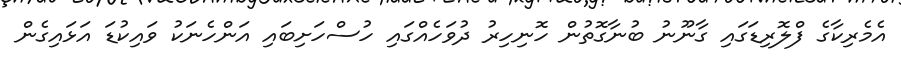
އެމެރިކާގެ ފްލޮރިޑަގައި ގާނޫނު ބުނާގޮތުން ހޮނިހިރު ދުވަހެއްގައި ހުސްހަށިބައި އަންހެނަކު ވައިކުޑަ އަޅައިގެން